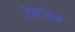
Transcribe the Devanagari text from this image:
देशांतच